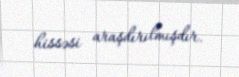
hissəsi araşdırılmışdır.